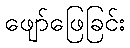
ဖျော်ဖြေခြင်း